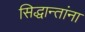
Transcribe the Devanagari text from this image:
सिद्धान्तांना